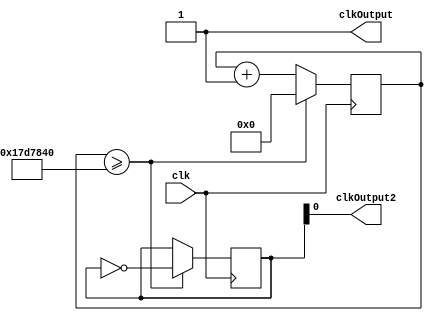
// Note that the clk pin needs to be set to Pin 12 in order for the oscillator to work.
module led_blink2 #(parameter CNT_TRIG = 25000000)
(input clk, output reg clkOutput, output reg clkOutput2);


reg [32:0] counter;
reg [1:0] trigger = 1'b0;

always @(posedge clk) 
begin
   if(counter>=CNT_TRIG) // Clock rate is 50 MHz, so counter >= 25000000 is roughly half way.
		begin
			counter <= 0;
			trigger <= ~trigger;
		end
	else
		begin
			counter <= counter+1;
		end
end
always @(trigger)
begin 
	clkOutput2 <= trigger[0];
	clkOutput <= 1'b1;
	
end
endmodule